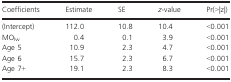
<table><thead><tr><td><b>Coefficients</b></td><td><b>Estimate</b></td><td><b>SE</b></td><td><b><i>z</i>-value</b></td><td><b>Pr(&gt;|z|)</b></td></tr></thead><tbody><tr><td>(Intercept)</td><td>112.0</td><td>10.8</td><td>10.4</td><td>&lt;0.001</td></tr><tr><td>MO<sub>lw</sub></td><td>0.4</td><td>0.1</td><td>3.9</td><td>&lt;0.001</td></tr><tr><td>Age 5</td><td>10.9</td><td>2.3</td><td>4.7</td><td>&lt;0.001</td></tr><tr><td>Age 6</td><td>15.7</td><td>2.3</td><td>6.7</td><td>&lt;0.001</td></tr><tr><td>Age 7+</td><td>19.1</td><td>2.3</td><td>8.3</td><td>&lt;0.001</td></tr></tbody></table>